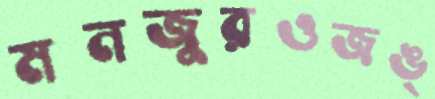
মনজুরওজঙ্